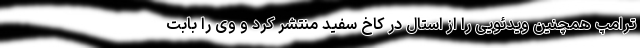
ترامپ همچنین ویدئویی را از استال در کاخ سفید منتشر کرد و وی را بابت